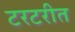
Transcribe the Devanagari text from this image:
टरटरीत